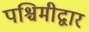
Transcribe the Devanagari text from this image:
पश्चिमीद्वार